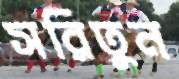
সরিতুন